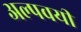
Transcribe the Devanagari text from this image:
अल्पवयी